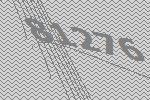
81276